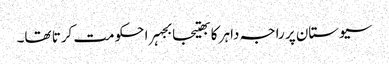
سیوستان پر راجہ داہر کا بھتیجا بجہرا حکومت کرتا تھا۔